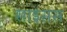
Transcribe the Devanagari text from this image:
साइंसस